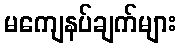
မကျေနပ်ချက်များ